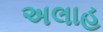
અલાહ